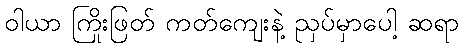
ဝါယာ ကြိုးဖြတ် ကတ်ကျေးနဲ့ ညှပ်မှာပေါ့ ဆရာ